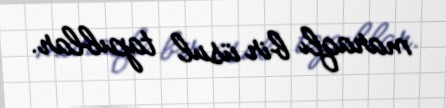
maraqlı bir üsul tapıblar.